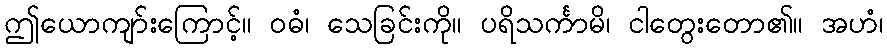
ဤယောကျာ်းကြောင့်။ ဝဓံ၊ သေခြင်းကို။ ပရိသင်္ကာမိ၊ ငါတွေးတော၏။ အဟံ၊